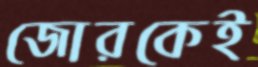
জোরকেই